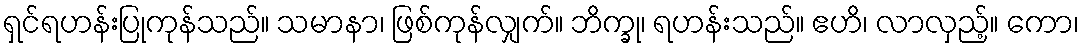
ရှင်ရဟန်းပြုကုန်သည်။ သမာနာ၊ ဖြစ်ကုန်လျှက်။ ဘိက္ခု၊ ရဟန်းသည်။ ဧဟိ၊ လာလှည့်။ ကော၊